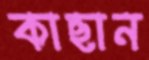
কাছান